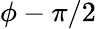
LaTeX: \phi-\pi/2